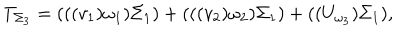
T _ { \Sigma _ { 3 } } = ( ( ( v _ { 1 } ) \omega _ { 1 } ) \Sigma _ { 1 } ) + ( ( ( v _ { 2 } ) \omega _ { 2 } ) \Sigma _ { 1 } ) + ( ( U _ { \omega _ { 3 } } ) \Sigma _ { 1 } ) ,